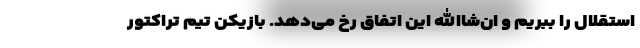
استقلال را ببریم و ان‌شاالله این اتفاق رخ می‌دهد. بازیکن تیم تراکتور